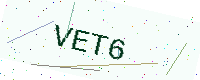
Text: VET6